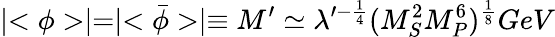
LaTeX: \mid<\phi>\mid=\mid<\bar{\phi}>\mid\equiv M^{\prime}\simeq\lambda^{\prime-\frac{1}{4}}(M_{S}^{2}M_{P}^{6})^{\frac{1}{8}}GeV